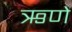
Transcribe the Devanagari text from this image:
ऋणे